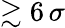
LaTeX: \gtrsim 6\, \sigma